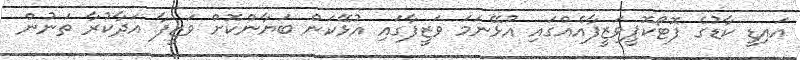
އައިޑީ ކާޑުގެ ފޮޓޯކޮޕީވަޒީފާއެއްގައި އުޅޭނަމަ ވަޒީފާގައި އުޅޭކަން ބަޔާންކޮށް ވަޒީފާ އަދާކުރާ ތަނުން